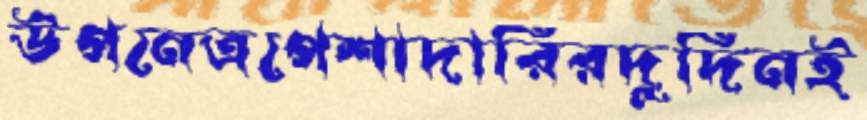
উপনেত্রপেশাদারিরদুদিনই